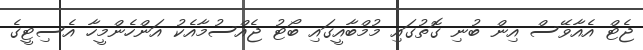
ޖެޓް އެއާވޭސް އިން ބުނި ގޮތުގައި މުމްބާއީގައި ބޯޓު ޖެއްސުމާއެކު އަންހެންމީހާ އެސިޓީގެ